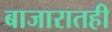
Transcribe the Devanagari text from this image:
बाजारातही